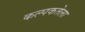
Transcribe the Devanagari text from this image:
कल्पकतेला